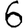
Digit: 6